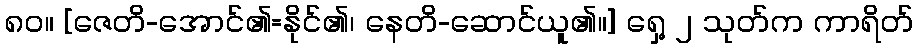
၈၀။ [ဇေတိ-အောင်၏=နိုင်၏၊ နေတိ-ဆောင်ယူ၏။] ရှေ့ ၂ သုတ်က ကာရိတ်